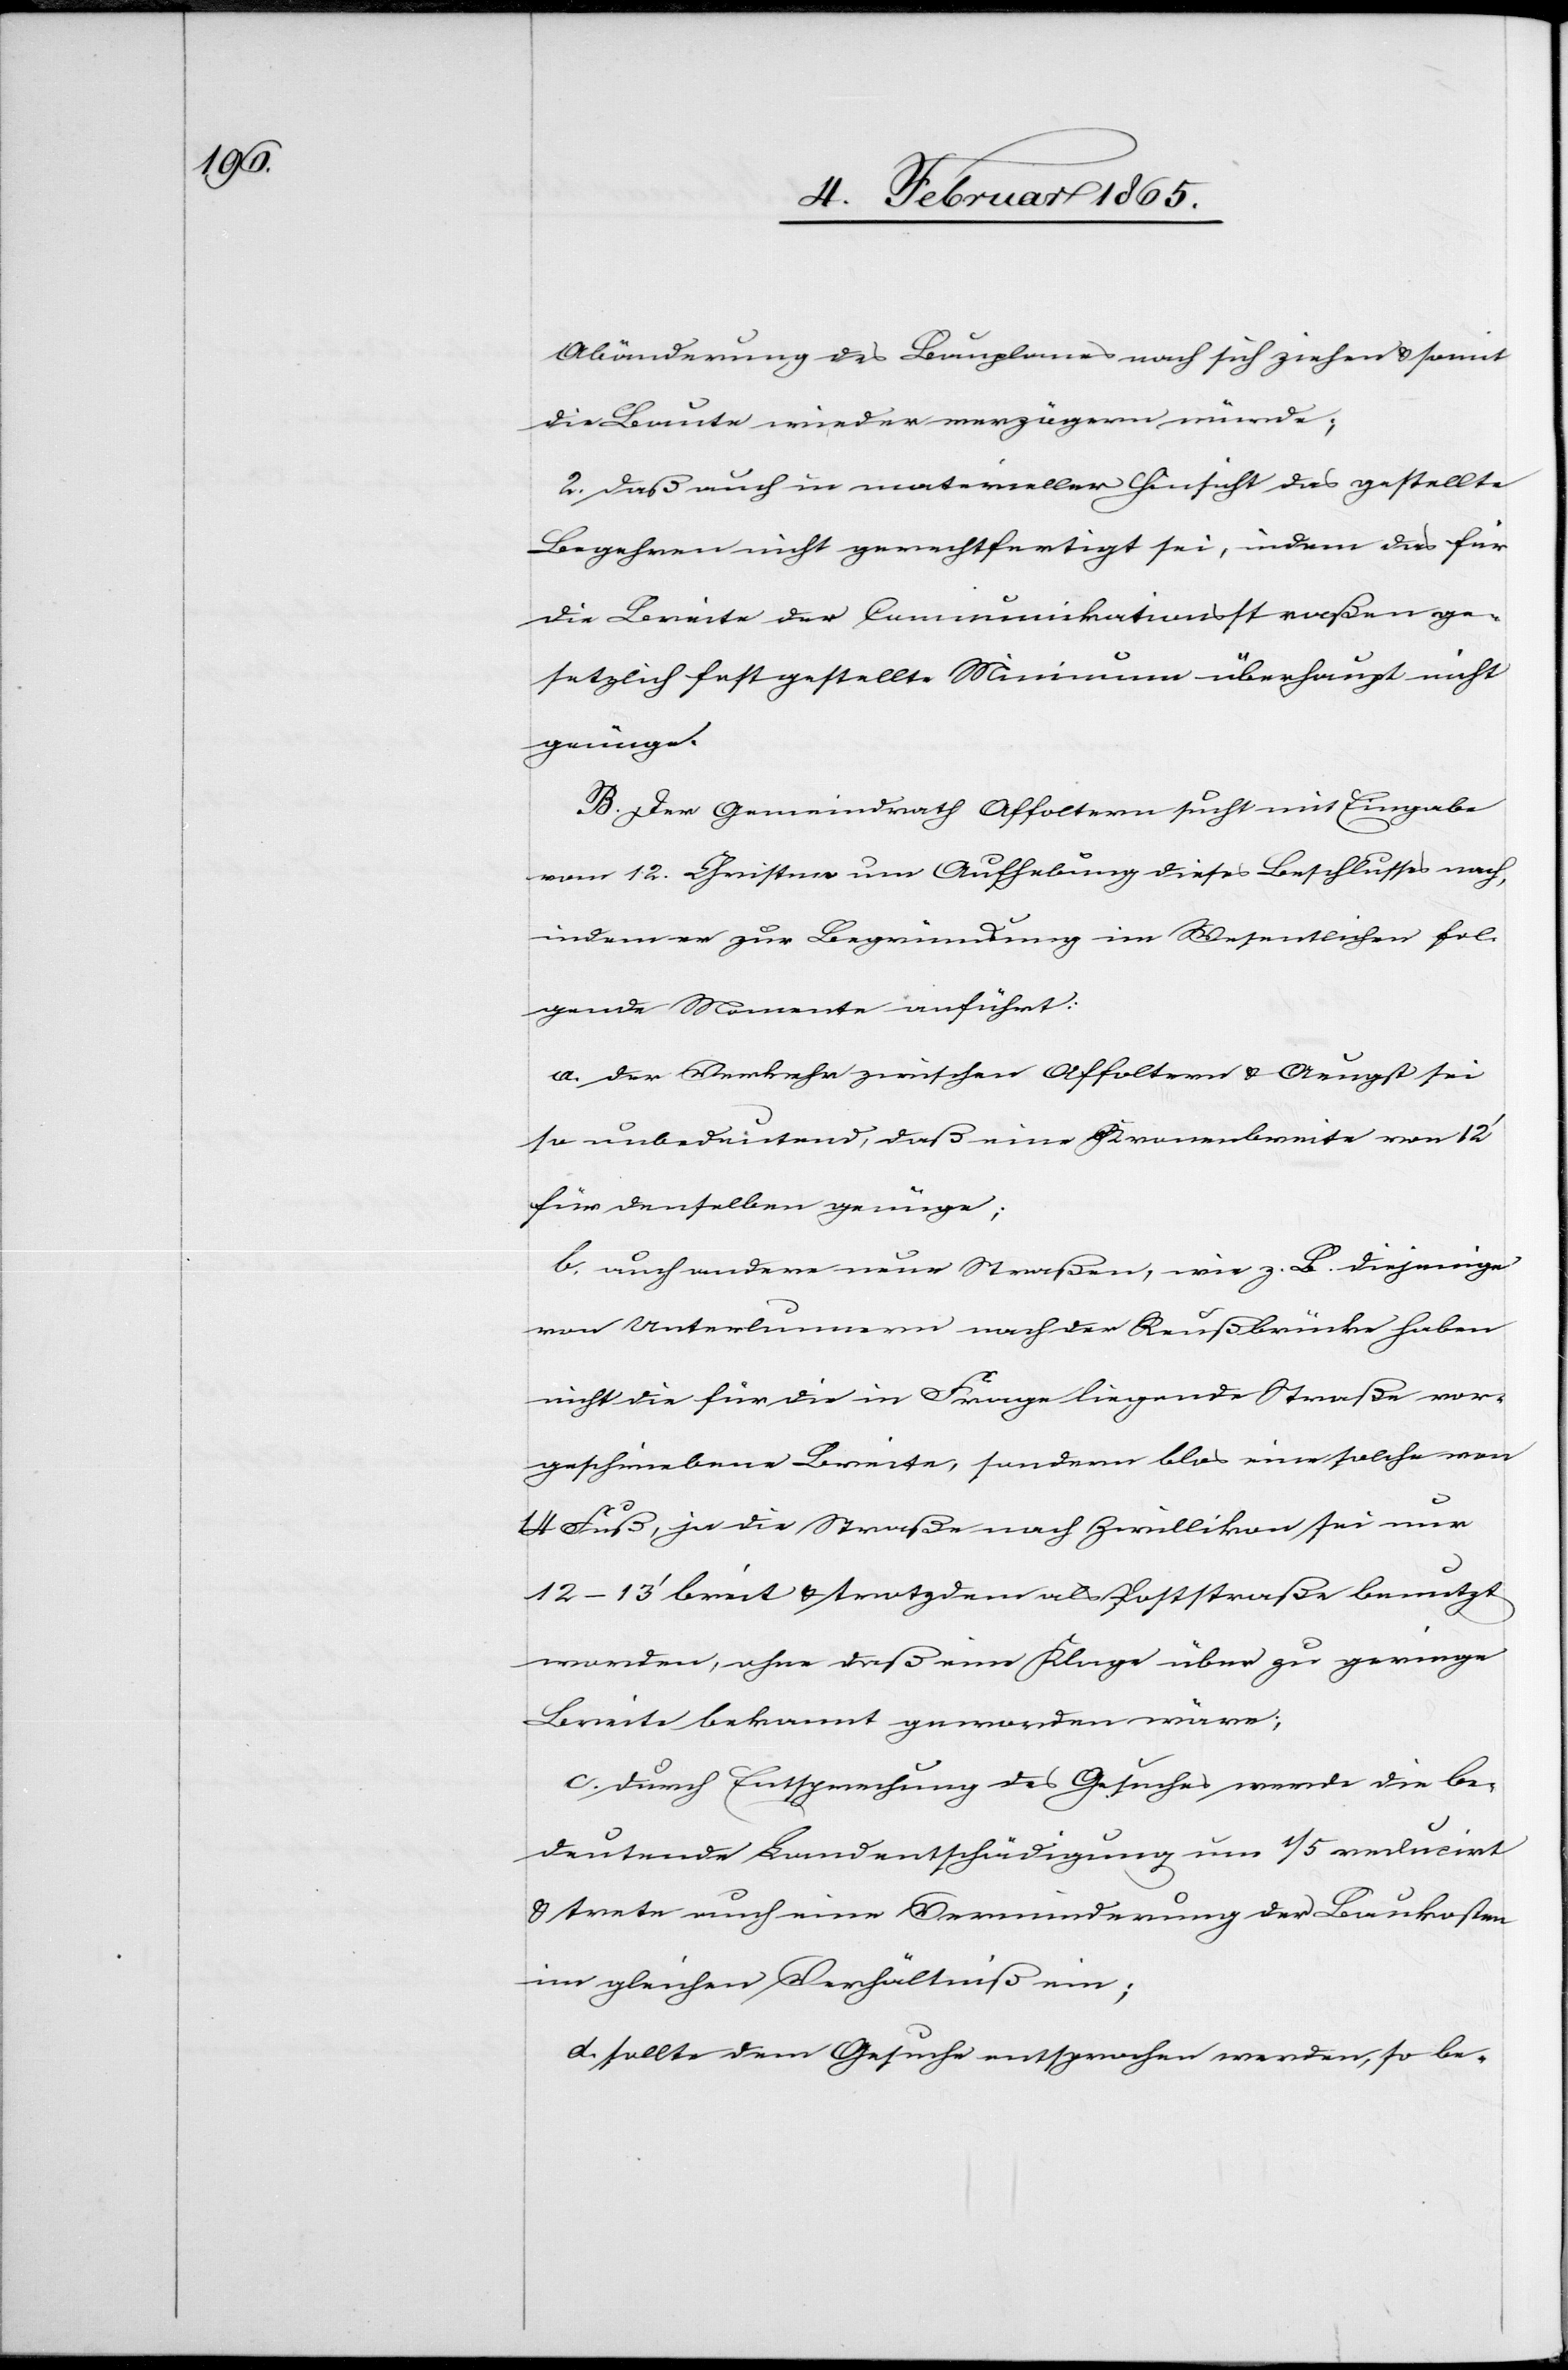
Abänderung des Bauplanes nach sich ziehen u. somit
die Baute wieder verzögern würde;
2. daß auch in materieller Hinsicht das gestellte
Begehren nicht gerechtfertigt sei, indem das für
die Breite der Communikationsstraßen ge¬
setzlich festgestellte Minimum überhaupt nicht
genüge.
B. Der Gemeindrath Affoltern sucht mit Eingabe
vom 12. Christm. um Aufhebung dieses Beschlusses nach,
indem er zur Begründung im Wesentlichen fol¬
gende Momente anführt:
a. der Verkehr zwischen Affoltern u. Aeugst sei
so unbedeutend, daß eine Kronenbreite von 12’
für denselben genüge.
b. auch andere neue Straßen, wie z. B. diejenige
von Unterlunnern nach der Reußbrücke haben
nicht die für die in Frage liegende Straße vor¬
geschriebene Breite, sondern blos eine solche von
Fuß, ja die Straße nach Zwillikon sei nur
12–13’ breit u. trotzdem als Poststraße benutzt
worden, ohne daß eine Klage über zu geringe
Breite bekannt geworden wäre;
c. Durch Entsprechung des Gesuches werde die be¬
deutende Landentschädigung um 1/5 reducirt
u. trete auch eine Verminderung der Baukosten
im gleichen Verhältniß ein;
d. sollte dem Gesuche entsprochen werden, so be-